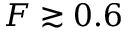
F \gtrsim 0 . 6